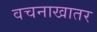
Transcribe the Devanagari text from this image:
वचनाखातर